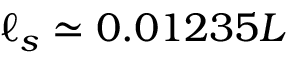
\ell _ { s } \simeq 0 . 0 1 2 3 5 L